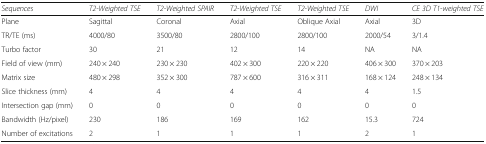
<table><thead><tr><td><b><i>Sequences</i></b></td><td><b><i>T2-Weighted TSE</i></b></td><td><b><i>T2-Weighted SPAIR</i></b></td><td><b><i>T2-Weighted TSE</i></b></td><td><b><i>T2-Weighted TSE</i></b></td><td><b><i>DWI</i></b></td><td><b><i>CE 3D T1-weighted TSE</i></b></td></tr></thead><tbody><tr><td>Plane</td><td>Sagittal</td><td>Coronal</td><td>Axial</td><td>Oblique Axial</td><td>Axial</td><td>3D</td></tr><tr><td>TR/TE (ms)</td><td>4000/80</td><td>3500/80</td><td>2800/100</td><td>2800/100</td><td>2000/54</td><td>3/1.4</td></tr><tr><td>Turbo factor</td><td>30</td><td>21</td><td>12</td><td>14</td><td>NA</td><td>NA</td></tr><tr><td>Field of view (mm)</td><td>240 × 240</td><td>230 × 230</td><td>402 × 300</td><td>220 × 220</td><td>406 × 300</td><td>370 × 203</td></tr><tr><td>Matrix size</td><td>480 × 298</td><td>352 × 300</td><td>787 × 600</td><td>316 × 311</td><td>168 × 124</td><td>248 × 134</td></tr><tr><td>Slice thickness (mm)</td><td>4</td><td>4</td><td>4</td><td>4</td><td>4</td><td>1.5</td></tr><tr><td>Intersection gap (mm)</td><td>0</td><td>0</td><td>0</td><td>0</td><td>0</td><td>0</td></tr><tr><td>Bandwidth (Hz/pixel)</td><td>230</td><td>186</td><td>169</td><td>162</td><td>15.3</td><td>724</td></tr><tr><td>Number of excitations</td><td>2</td><td>1</td><td>1</td><td>1</td><td>2</td><td>1</td></tr></tbody></table>